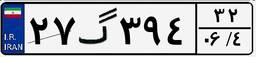
۲۷گ۳۹۴۳۲